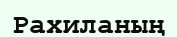
Рахиланың